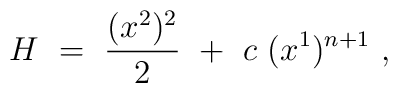
H\ =\ \frac{(x^2)^2}{2}\ +\ c\ (x^1)^{n+1}\ ,